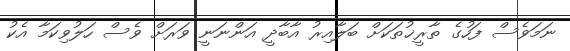
ނަމަވެސް ފަހުގެ ތާރީޚުތަކަށް ބަލާއިރު އާބާދީ އަންނަނީ ވަރަށް ވެސް ހަލުވިކަމާ އެކު